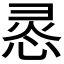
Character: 𭝊